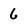
Character: 6